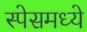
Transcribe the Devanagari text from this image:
स्पेसमध्ये